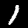
Digit: 1